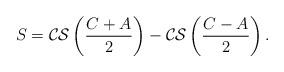
LaTeX: \begin{align*}S={\cal CS}\left( \frac{C+A}{2}\right) - {\cal CS}\left(\frac{C-A}{2}\right).\end{align*}